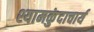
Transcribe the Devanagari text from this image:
श्यामकुंदाचार्य